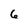
Character: 6